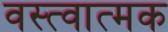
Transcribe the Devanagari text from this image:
वस्त्वात्मक